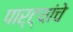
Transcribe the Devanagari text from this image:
पार्ट्यांचे